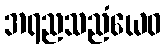
အရညသညံယေဝ